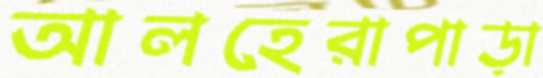
আলহেরাপাড়া